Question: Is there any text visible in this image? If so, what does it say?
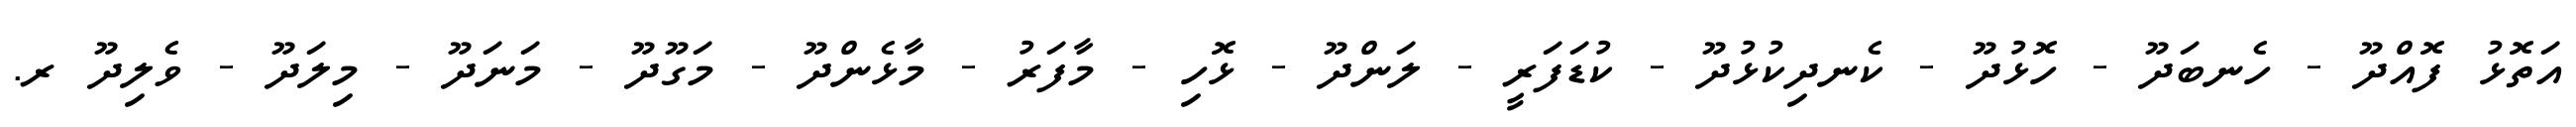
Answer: އަތޮޅު ފޮއްދޫ - ހެނބަދޫ - ހޮޅުދޫ - ކެނދިކުޅުދޫ - ކުޑަފަރީ - ލަންދޫ - ޅޮހި - މާފަރު - މާޅެންދޫ - މަގޫދޫ - މަނަދޫ - މިލަދޫ - ވެލިދޫ ރ.